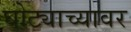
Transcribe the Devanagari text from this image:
घोट्याच्यावर